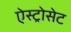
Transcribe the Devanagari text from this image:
ऐस्ट्रोसेट